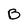
Character: B